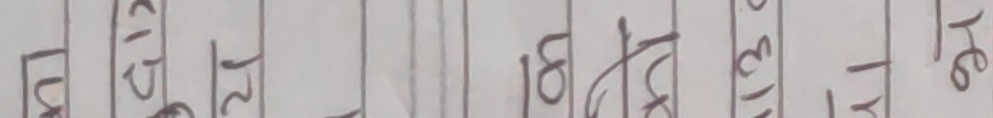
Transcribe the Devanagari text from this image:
५ १२ १४ १६ १८ २० २२ २४